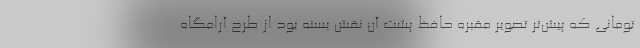
تومانی که پیش‌تر تصویر مقبره حافظ پشت آن نقش بسته بود از طرح آرامگاه